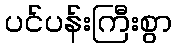
ပင်ပန်းကြီးစွာ